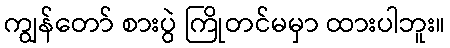
ကျွန်တော် စားပွဲ ကြိုတင်မမှာ ထားပါဘူး။